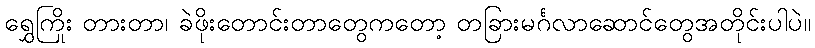
ရွှေကြိုး တားတာ၊ ခဲဖိုးတောင်းတာတွေကတော့ တခြားမင်္ဂလာဆောင်တွေအတိုင်းပါပဲ။